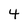
Character: 4